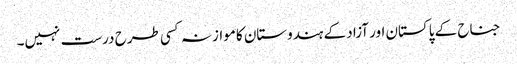
جناح کے پاکستان اور آزاد کے ہندوستان کا موازنہ کسی طرح درست نہیں۔